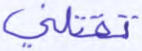
تقتلني